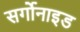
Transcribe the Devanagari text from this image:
सर्गोनाइड